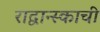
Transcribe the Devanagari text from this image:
राद्वान्स्काची